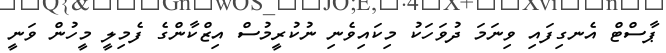
ޕާސްޓް އެނގިފައި ވިނަމަ ދުވަހަކު މިކައިވެނި ނުކުރީމުސް އިޒްކާންގެ ފެމިލީ މީހުން ވަނީ